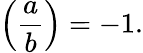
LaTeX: \left({\frac{a}{b}}\right)=-1.